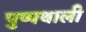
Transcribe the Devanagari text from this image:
पुष्पथाली